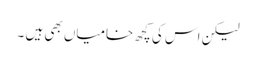
لیکن اس کی کچھ خامیاں بھی ہیں ۔